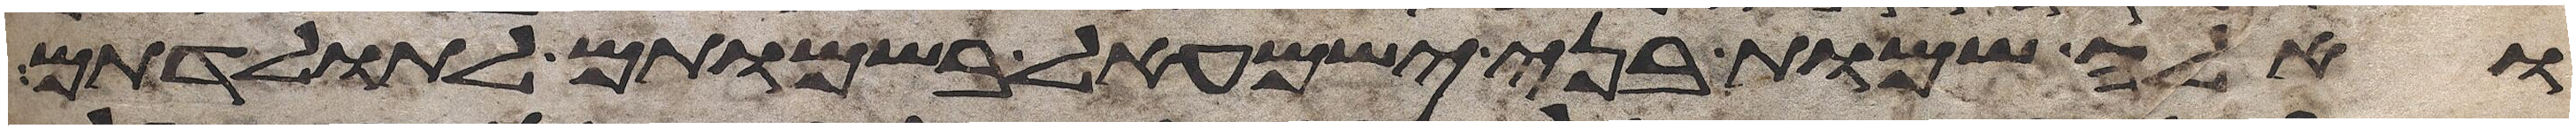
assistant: ואלה שמות בני ישמעאל בשמותם לתולדתם